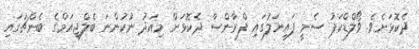
ދެކޮޅަށެވެ. ވޯލްޑްކަޕު ސެމީ ފައިނަލުގައި ފްރާންސާ ދެކޮޅަށް މިއަދު ނުކުންނަ ބެލްޖިއަމްގެ ބެންޗުގައި